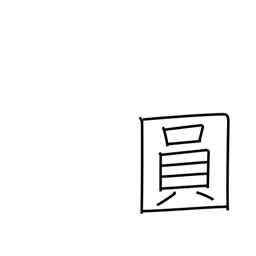
Meaning: yen